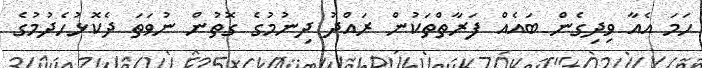
ހަމަ އެއާ ވިދިގެން ބައެއް ފަރާތްތަކުން ރައްދު ދިނުމުގެ ގޮތުން ނުވަތަ ދެކޮޅުހެދުމުގެ